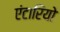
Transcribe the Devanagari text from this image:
एंटारियो